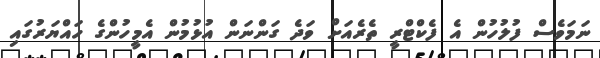
ނަމަވެސް ފުލުހުން އެ ފެކްޓްރީ ތެރެއަށް ވަދެ ގަންނަން އުޅުމުން އެމީހުންގެ ހައްޔަރުގައި